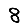
Digit: 8